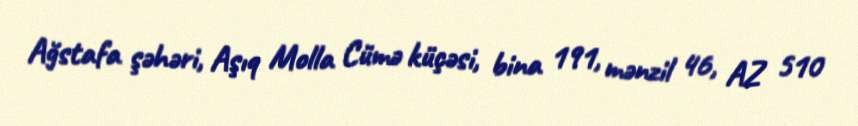
Ağstafa şəhəri, Aşıq Molla Cümə küçəsi, bina 191, mənzil 46, AZ 510